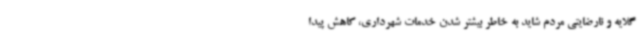
گلایه و نارضایتی مردم شاید به خاطر بیشتر شدن خدمات شهرداری، کاهش پیدا